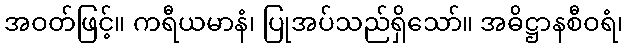
အဝတ်ဖြင့်။ ကရီယမာနံ၊ ပြုအပ်သည်ရှိသော်။ အဓိဋ္ဌာနစီဝရံ၊